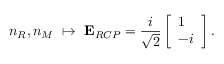
n _ { R } , n _ { M } \ \mapsto \ \mathbf { { E } } _ { R C P } = \frac { i } { \sqrt { 2 } } \left[ \begin{array} { l } { 1 } \\ { - i } \end{array} \right] .